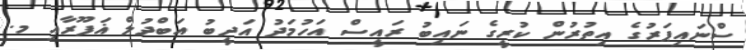
ސްނައިޕަރުގެ އިތުރުން ކުރީގެ ނައިބު ރައީސް އަހުމަދު އަދީބު އަބްދުލް ޣަފޫރާއި މ.